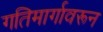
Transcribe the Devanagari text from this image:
गतिमार्गावरून